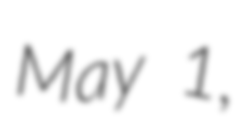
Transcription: May 1,